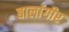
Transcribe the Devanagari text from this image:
बालांगीर